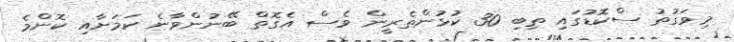
މިވަގުތު ސްކޮޑުގައި ތިބި 30 ކުޅުންތެރީން ވެސް އެގޮތް ބޭނުންވާނެ ކަމަށާއި ކޮންމެ